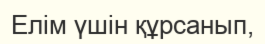
Елім үшін құрсанып,